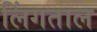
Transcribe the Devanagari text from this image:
लिंगताल